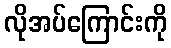
လိုအပ်ကြောင်းကို